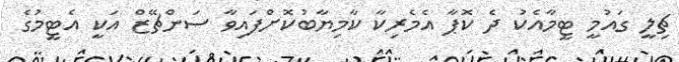
ޗިލީ ގައުމީ ޓީމާއެކު ދެ ކޮޕާ އެމެރިކާ ކާމިޔާބުކޮށްފައިވާ ސަންޗޭޒް އަކީ އެޓީމުގެ